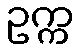
ဥက္က